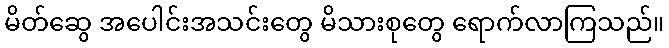
မိတ်ဆွေ အပေါင်းအသင်းတွေ မိသားစုတွေ ရောက်လာကြသည်။